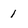
Character: 1